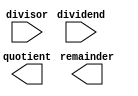
module radix2_srt_divider (
  input [15:0] dividend,
  input [15:0] divisor,
  output reg [15:0] quotient,
  output reg [15:0] remainder
);

// Verilog code for Radix-2 SRT Divider

// your Verilog code goes here

endmodule